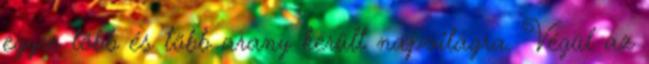
egyre több és több arany került napvilágra. Végül az